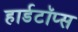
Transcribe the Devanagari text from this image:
हार्डटॉप्स